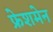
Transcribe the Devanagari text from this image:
फ्रेशमेन